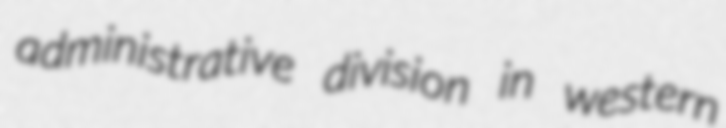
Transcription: administrative division in western